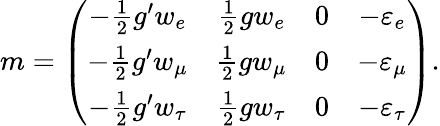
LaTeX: m=\left(\begin{array}{cccc}{{-{\frac{1}{2}}g^{\prime}w_{e}}}&{{{\frac{1}{2}}gw_{e}}}&{{0}}&{{-\varepsilon_{e}}}\\ {{-{\frac{1}{2}}g^{\prime}w_{\mu}}}&{{{\frac{1}{2}}gw_{\mu}}}&{{0}}&{{-\varepsilon_{\mu}}}\\ {{-{\frac{1}{2}}g^{\prime}w_{\tau}}}&{{{\frac{1}{2}}gw_{\tau}}}&{{0}}&{{-\varepsilon_{\tau}}}\end{array}\right).